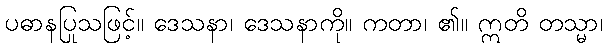
ပဓာနပြုသဖြင့်။ ဒေသနာ၊ ဒေသနာကို။ ကတာ၊ ၏။ ဣတိ တသ္မာ၊